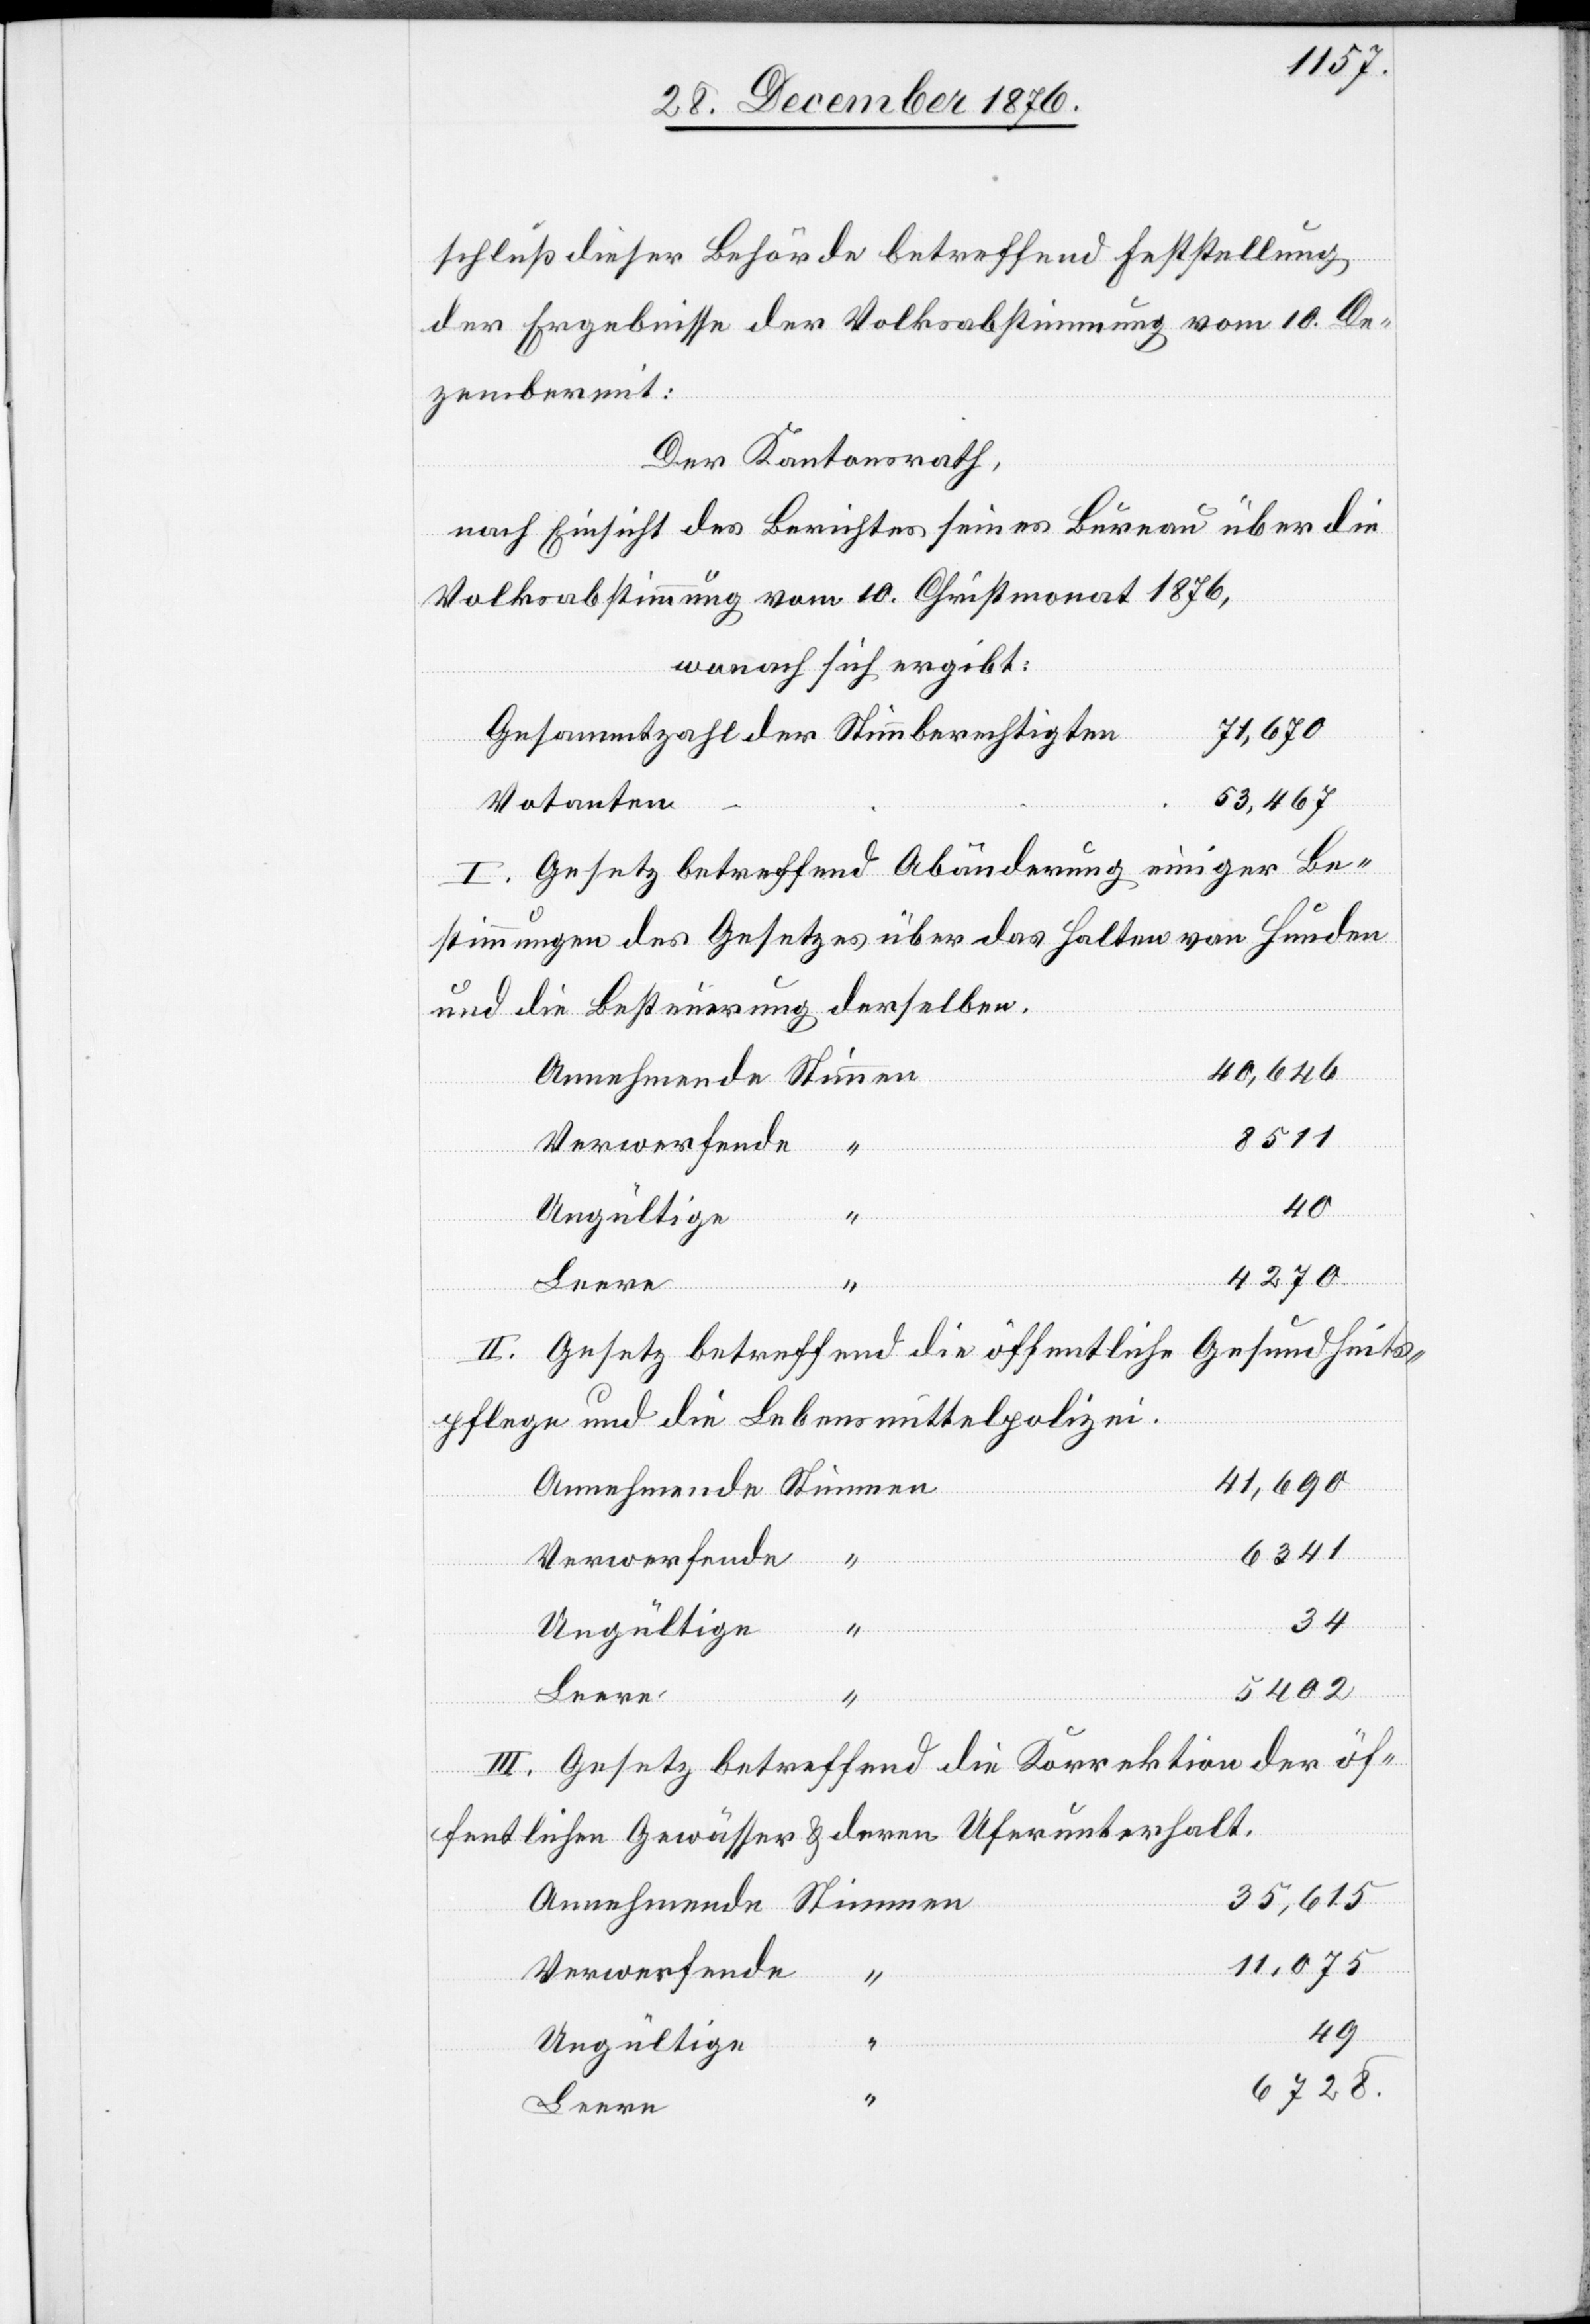
schluß dieser Behörde betreffend Feststellung
der Ergebnisse der Volkabstimmung vom 10. De¬
zember mit:
Der Kantonsrath,
nach Einsicht eines Berichtes seines Bureau über die
Volkabstimmung vom 10. Christmonat 1876,
wonach sich ergibt:
71,670
Gesammtzahl der Stimmberechtigten
53,467
Votanten
I. Gesetz betreffen Abänderung einiger Be¬
stimmungen des Gesetzes über das Halten von Hunden
und die Besteuerung derselben.
40,646
8511
40
4270
Leere
Stimmen
II. Gesetz betreffend die öffentliche Gesundheits¬
pflege und die Lebensmittelpolizei.
41,690
6341
34
5402
II. Gesetz betreffend die Korrektion der öf¬
fentlichen Gewässer & deren Uferunterhalt.
35,615
11,075
Verwerfende
49
Ungültige
6728.